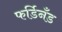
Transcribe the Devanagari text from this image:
फर्डिनँड